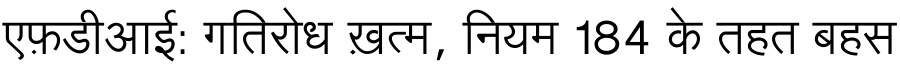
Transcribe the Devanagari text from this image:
एफ़डीआई: गतिरोध ख़त्म, नियम 184 के तहत बहस